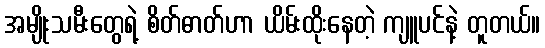
အမျိုးသမီးတွေရဲ့ စိတ်ဓာတ်ဟာ ယိမ်းထိုးနေတဲ့ ကျူပင်နဲ့ တူတယ်။